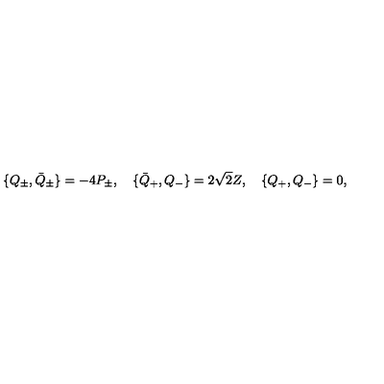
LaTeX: \{ Q _ { \pm } , \bar { Q } _ { \pm } \} = - 4 P _ { \pm } , \quad \{ \bar { Q } _ { + } , Q _ { - } \} = 2 \sqrt { 2 } Z , \quad \{ Q _ { + } , Q _ { - } \} = 0 ,